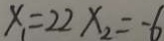
x _ { 1 } = 2 2 x _ { 2 } = - 6